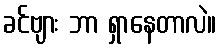
ခင်ဗျား ဘာ ရှာနေတာလဲ။